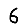
Digit: 6